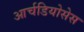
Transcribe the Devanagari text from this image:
आर्चडियोसेस